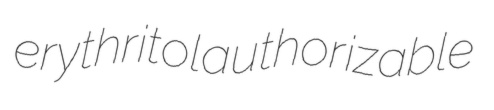
erythritol authorizable